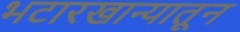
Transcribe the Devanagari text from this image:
भटारखान्यातून